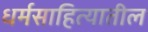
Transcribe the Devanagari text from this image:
धर्मसाहित्यातील